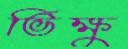
ভিক্ষু